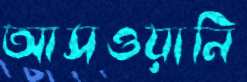
আসওয়ানি